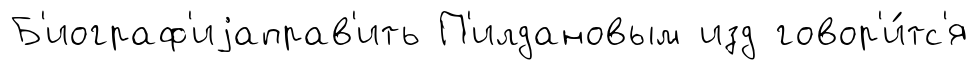
Б'иограф'иjаправ'ить П'илдановым изд говор'и́тс'я